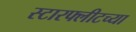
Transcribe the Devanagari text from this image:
स्टारफ्लीटच्या